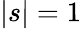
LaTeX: |s|=1